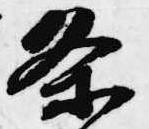
条